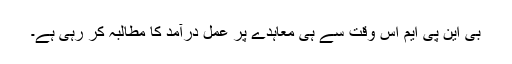
بی این پی ایم اس وقت سے ہی معاہدے پر عمل درآمد کا مطالبہ کر رہی ہے۔